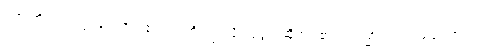
ဝတ္ထုကို။ ဒါတဗ္ဗံ၊ ပေးအပ်၏။ ဣတိ၊ ဤသို့။ ဝုတ္တံ၊ ဆိုအပ်၏။ ကသ္မာ၊ အဘယ်ကြောင့်။